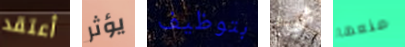
أعتقد يؤثر بتوظيف شيء منعها